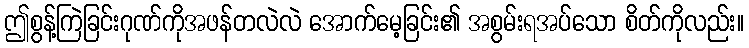
ဤစွန့်ကြဲခြင်းဂုဏ်ကိုအဖန်တလဲလဲ အောက်မေ့ခြင်း၏ အစွမ်းရအပ်သော စိတ်ကိုလည်း။